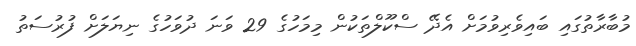
މުބާރާތުގައި ބައިވެރިވުމަށް އެދޭ ސްކޫލްތަކުން މިމަހުގެ 29 ވަނަ ދުވަހުގެ ނިޔަލަށް ފުރުސަތު